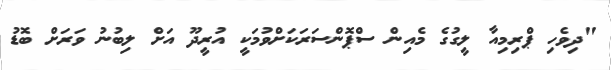
"ދިވެހި ޕްރިމިއާ ލީގުގެ މެއިން ސްޕޮންސަރަކަށްވުމަކީ އުރީދޫ އަށް ލިބުނު ވަރަށް ބޮޑު